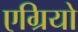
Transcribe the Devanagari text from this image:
एग्रियो